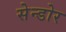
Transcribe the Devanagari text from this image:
सेन्डोर